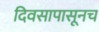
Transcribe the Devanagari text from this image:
दिवसापासूनच